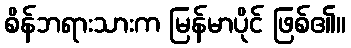
စိန်ဘရားသားက မြန်မာပိုင် ဖြစ်၏။